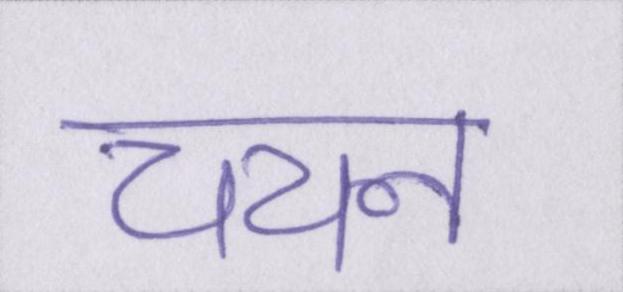
चयन